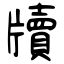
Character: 牘